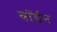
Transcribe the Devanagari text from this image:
बॉर्डन